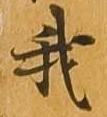
我